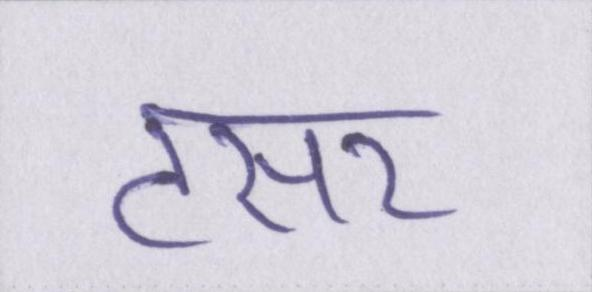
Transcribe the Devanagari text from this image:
टसर